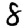
Digit: 8